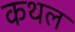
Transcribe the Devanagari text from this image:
कथल